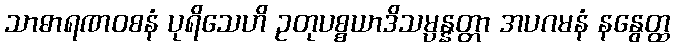
သာဓာရဏဝစနံ ပုရိသေဟိ ဥတုပစ္စယာဒိသမ္ပန္နတ္တာ အပဂမနံ နနွေတ္ထ